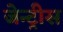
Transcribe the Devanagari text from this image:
जेन्ट्रीस